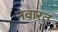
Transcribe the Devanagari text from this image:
नवारत